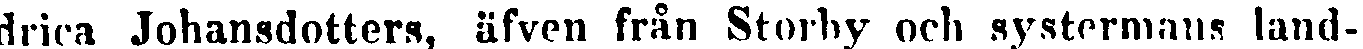
drica Johansdotters, äfven från Storby och systermans land-